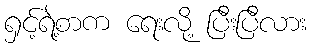
ရှင့်ရဲ့စာက ရေးလို့ ပြီးပြီလား